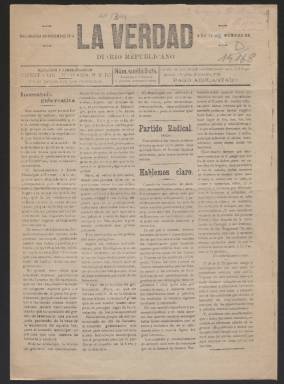
Título: La Verdad (Salamanca. 1909)
Colección: Periódicos
Ámbito geográfico: Salamanca
Lugar de publicación: Salamanca
Fechas: 28/12/1910-28/12/1910